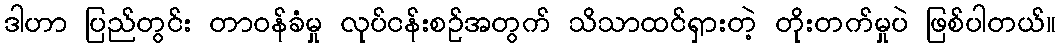
ဒါဟာ ပြည်တွင်း တာဝန်ခံမှု လုပ်ငန်းစဉ်အတွက် သိသာထင်ရှားတဲ့ တိုးတက်မှုပဲ ဖြစ်ပါတယ်။